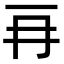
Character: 𠕅